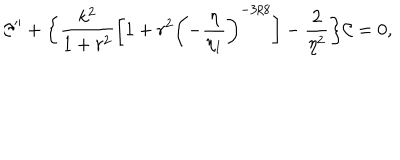
LaTeX: { \cal C } ^ { \prime \prime } + \biggl \{ \frac { k ^ { 2 } } { 1 + r ^ { 2 } } \biggl [ 1 + r ^ { 2 } \biggl ( - \frac { \eta } { \eta _ { 1 } } \biggr ) ^ { - 3 / 8 } \biggr ] - \frac { 2 } { \eta ^ { 2 } } \biggr \} { \cal C } = 0 ,